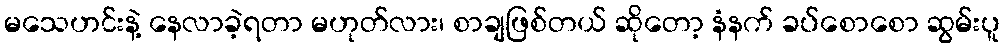
မသေဟင်းနဲ့ နေလာခဲ့ရတာ မဟုတ်လား၊ စာချဖြစ်တယ် ဆိုတော့ နံနက် ခပ်စောစော ဆွမ်းပူ